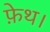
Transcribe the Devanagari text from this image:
फ़ेथ।